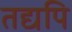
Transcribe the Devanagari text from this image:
तद्यपि